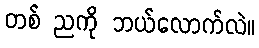
တစ် ညကို ဘယ်လောက်လဲ။